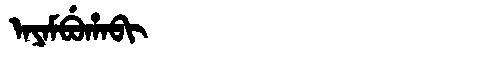
Manchu: ᠠᠶᠠᠮᠪᡠᡥᠠᠪᡳ
Romanization: AYAMBUHABI